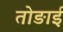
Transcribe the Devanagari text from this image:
तोङाई